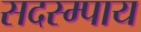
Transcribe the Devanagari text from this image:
सदस्म्पाय